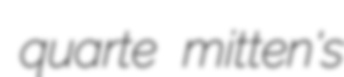
quarte mitten's